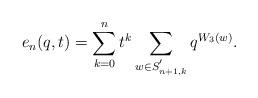
LaTeX: \begin{align*}e_n(q,t) = \sum_{k=0}^{n} t^k \sum_{w \in S^{'}_{n+1,k}}q^{W_3(w)}.\end{align*}